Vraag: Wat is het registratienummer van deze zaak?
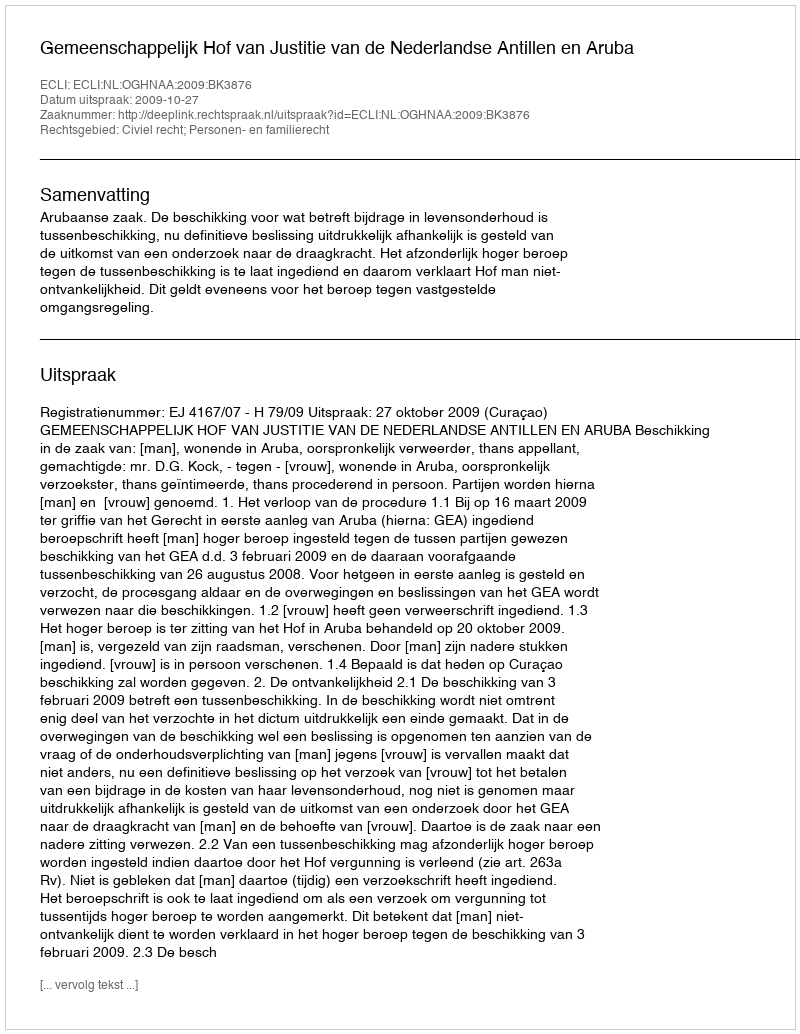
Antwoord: http://deeplink.rechtspraak.nl/uitspraak?id=ECLI:NL:OGHNAA:2009:BK3876